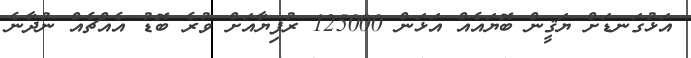
އަޅުގަނޑަށް ޔަޤީން ބޮޔައެއް އަޅަން 125000 ރުފިޔާއަށް ވުރެ ބޮޑު އެއްޗެއް ނުދާނެ